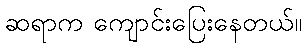
ဆရာက ကျောင်းပြေးနေတယ်။